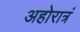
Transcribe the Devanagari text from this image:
अहोरात्रं